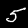
Digit: 5